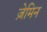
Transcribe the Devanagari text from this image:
ज़ेमिन